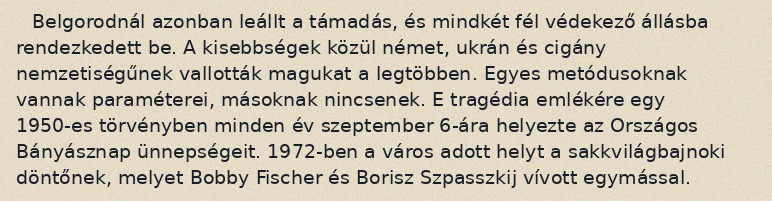
Belgorodnál azonban leállt a támadás, és mindkét fél védekező állásba rendezkedett be. A kisebbségek közül német, ukrán és cigány nemzetiségűnek vallották magukat a legtöbben. Egyes metódusoknak vannak paraméterei, másoknak nincsenek. E tragédia emlékére egy 1950-es törvényben minden év szeptember 6-ára helyezte az Országos Bányásznap ünnepségeit. 1972-ben a város adott helyt a sakkvilágbajnoki döntőnek, melyet Bobby Fischer és Borisz Szpasszkij vívott egymással.